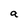
Character: a